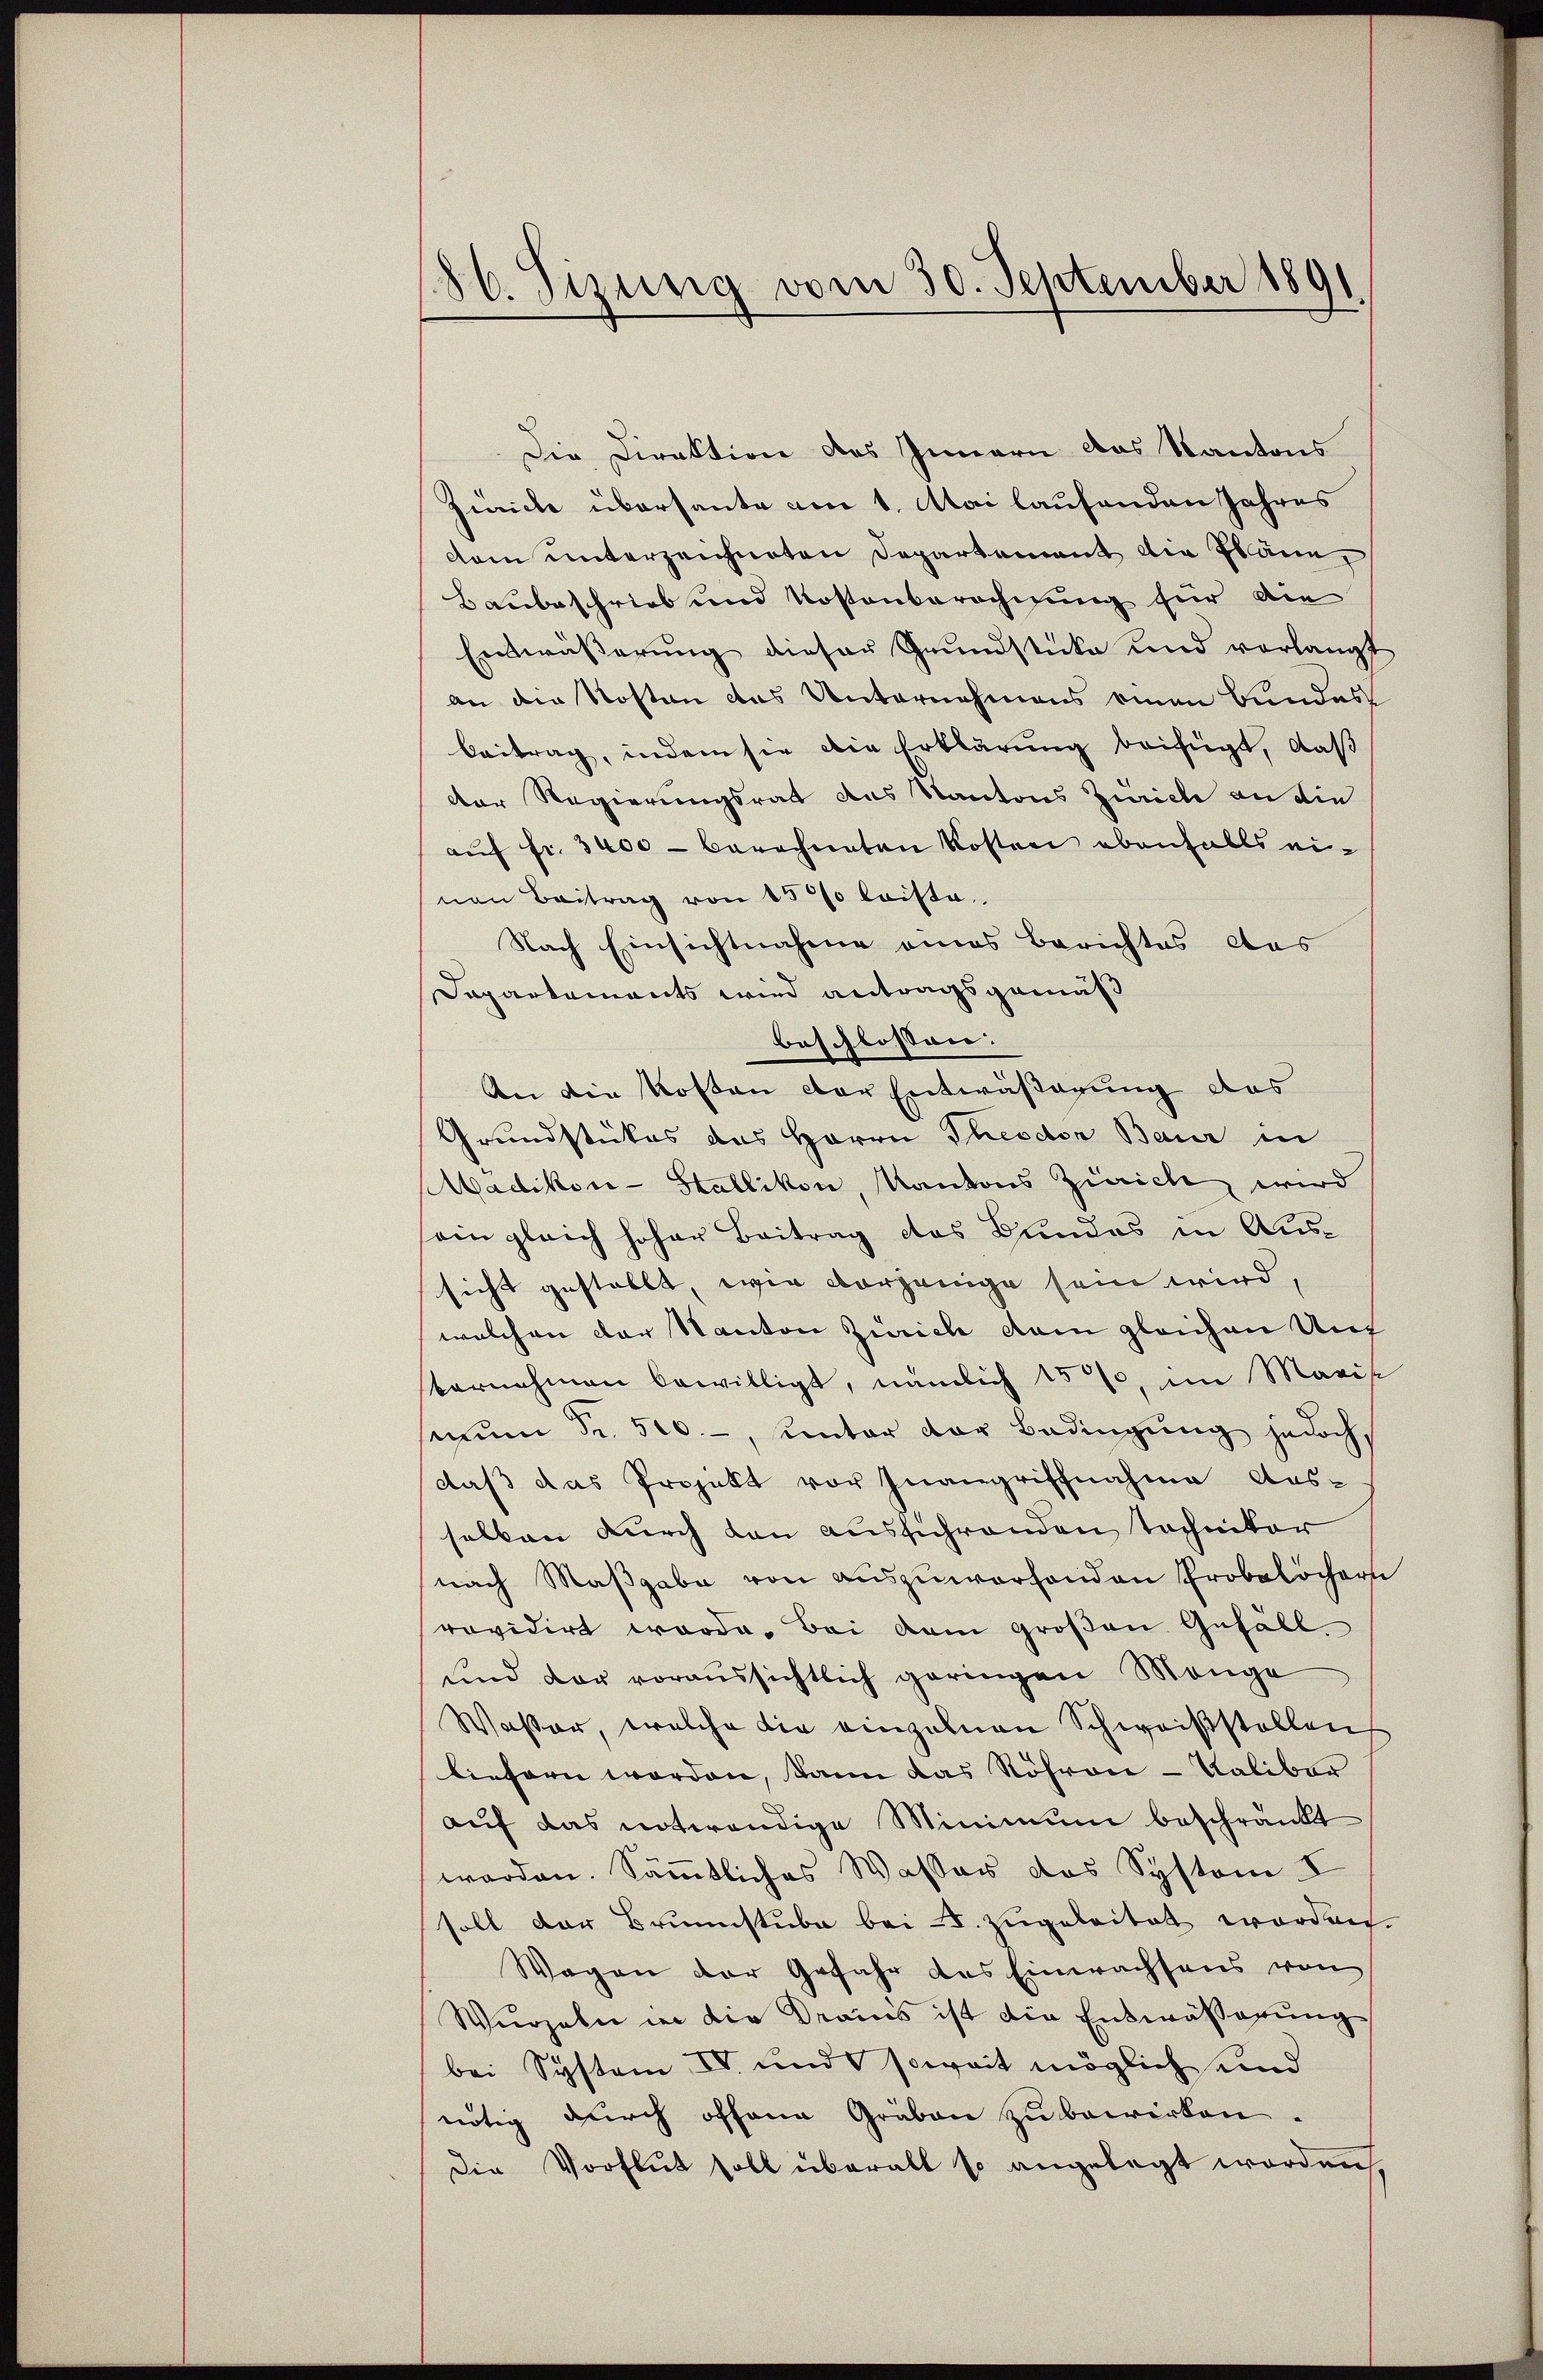
86. Sizung vom 30. September 1891

Die Direktion des Innern das Kantons
Zieiche übersante am 1. Mai laufenden Jahres
dam unterzeichneten Departement die Pläne
Baubeschrieb und Kostenberechnung für die
Entwässerung dieser Grundstücke und verlangt
an die Kosten das Unternehmens einen Bundes
beitrag, indem sie die Erklärung beifügt, daß
der Regierungsrat des Kantons Zürich an die
aŭf fr. 3400 - berechneten Kosten ebenfalls einen Beitrag von 15% laiste
Nach Einsichtnahme andes Berichtes das
Dapartements wird antragsgemäß
beschlossen:
An die Kosten der Entwässerung das
Grundstückes das Herrn Theodor Baur in
Madikon - Stallikon, Kantons Zürich wird
ein gleich hoher Beitrag das Bundes in Aussicht gestellt, wie vorjenige sein wird,
welchen der Kanton Zürich dem gleichen Auf
vernehmen bewilligt, nämlich 15%, im Maris
mun Fr. 500.-, unter der Bedingung jedoch
daß das Projekt vor Inangrifchnahme Aus-
selben durch den ausführenden Tochniker
nach Maβgabe von aŭszŭworfenden Probelöchern
revidirt worde. Bei dem großen Gefäll¬
und der voraussichtlich geringen Mange
Wasser, welche die einzelnen Schweisstellen
liefern worden, dann das Röhren - Kaliber
auf das notwendige Minimum beschränkt
worden. Sämmtliches Wasses das System I
soll der Brunnstube bei II. zugeleitet worden.
Wagen der Gefahr des Einwachsens von
Wurzeln in die Drains ist die Entwässerung
bei System IV. und soweit möglich und
nötig durch offene Gräben zu bewirken.
Die Vorflut soll überall so angelegt worden